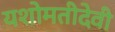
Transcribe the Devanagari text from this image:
यशोमतीदेवी